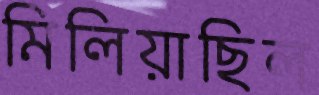
মিলিয়াছিল